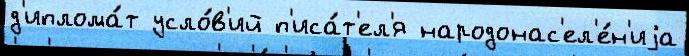
д'иплома́т усло́в'ий п'иса́т'ел'я народонас'ел'е́н'иjа